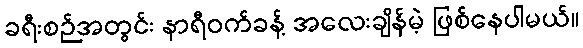
ခရီးစဉ်အတွင်း နာရီဝက်ခန့် အလေးချိန်မဲ့ ဖြစ်နေပါမယ်။